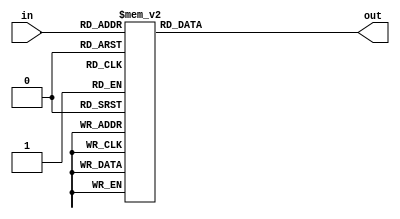
// =============================================================================
// Affiliation: Hong Kong University of Science and Technology
// Description:
// -----------------------------------------------------------------------------
`timescale 1 ns / 1 ps
module BCD_encoder(
	input [3:0] in,
	output reg [9:0] out
		
);

always @ (*)
    begin
        case (in) 
            4'd0:
                begin
                    out = 10'b00_0000_0001;
                end
             4'd1:
                begin
                    out = 10'b00_0000_0010;
                end
             4'd2:
                begin
                    out = 10'b00_0000_0100;
                end  
            4'd3:
                begin
                    out = 10'b00_0000_1000;
                end
             4'd4:
                begin
                    out = 10'b00_0001_0000;
                end
             4'd5:
                begin
                    out = 10'b00_0010_0000;
                end 
             4'd6:
                begin
                    out = 10'b00_0100_0000;
                end
             4'd7:
                begin
                    out = 10'b00_1000_0000;
                end
             4'd8:
                begin
                    out = 10'b01_0000_0000;
                end
             4'd9:
                begin
                    out = 10'b10_0000_0000;
                end                                                                          
            default:
                begin
                    out = 10'b00_0000_0000;                    
                end
        endcase
    end
endmodule